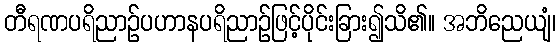
တီရဏပရိညာဉ်ပဟာနပရိညာဉ်ဖြင့်ပိုင်းခြား၍သိ၏။ အဘိညေယျံ၊